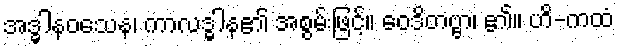
အဒ္ဓါနဝသေန၊ ကာလဒ္ဓါန၏ အစွမ်းဖြင့်။ ဝေဒိတဗ္ဗာ၊ ၏။ ဟိ-ကထံ